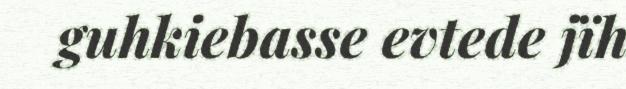
guhkiebasse evtede jïh